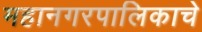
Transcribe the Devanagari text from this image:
महानगरपालिकाचे